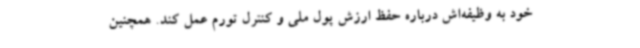
خود به وظیفه‌اش درباره حفظ ارزش پول ملی و کنترل تورم عمل کند. همچنین